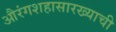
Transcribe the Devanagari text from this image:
औरंगशहासारख्याची